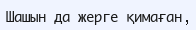
Шашын да жерге қимаған,